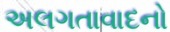
અલગતાવાદનો